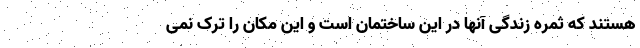
هستند که ثمره زندگی آنها در این ساختمان است و این مکان را ترک نمی